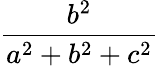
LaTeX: \frac{b^{2}}{a^{2}+b^{2}+c^{2}}